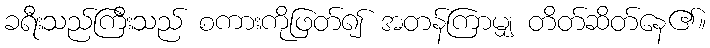
ခရီးသည်ကြီးသည် စကားကိုဖြတ်၍ အတန်ကြာမျှ တိတ်ဆိတ်နေ၏။